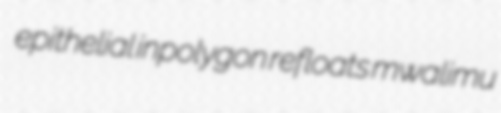
epithelial inpolygon refloats mwalimu